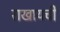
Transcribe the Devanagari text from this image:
राखायची